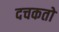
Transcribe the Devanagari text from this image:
दचकतो